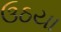
ઉઠયા